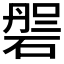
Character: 𱴝